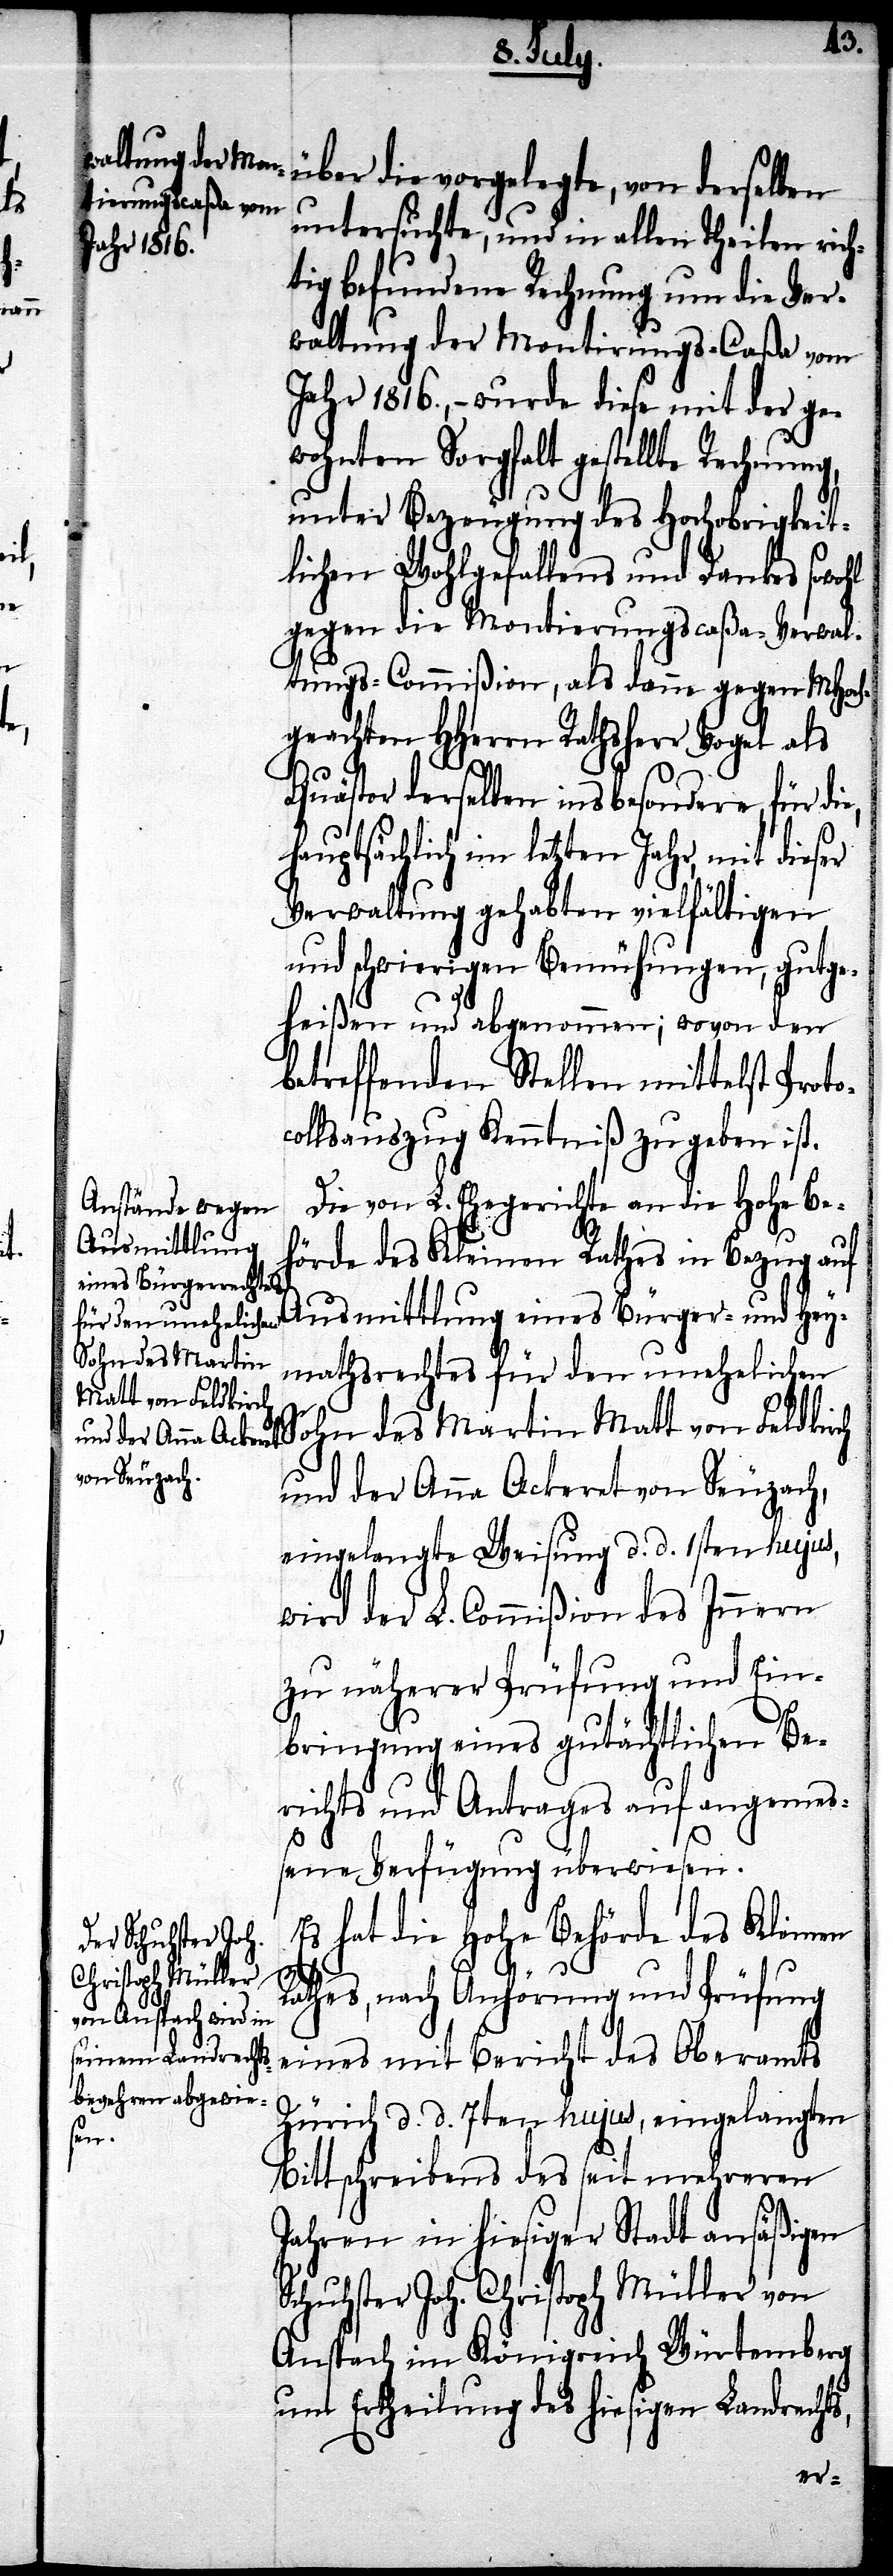
die vorgelegte, von
untersuchte, und in allen Theilen rich¬
tig befundene Rechnung um die Ver¬
waltung der Montirungs-Caßa vom
Jahr 1816., – wurde diese mit der ge¬
wohnten Sorgfalt gestellte Rechnung,
unter Bezeugung des Hochobrigkeit¬
lichen Wohlgefallens und Dankes sowohl
gegen die Montierungscaßa-Verwal¬
tungs-Commißion, als danne gegen MHoch¬
geachten HHerrn Rathsherr Vogel als
Quästor derselben insbesondere, für die,
hauptsächlich im letzten Jahr, mit dieser
Verwaltung gehabten vielfältigen
und schwierigen Bemühungen, gutge¬
heißen und abgenommen; wovon den
betreffenden Stellen mittelst Proto¬
collsauszug Kenntniß zu geben ist.
Die von L. Ehegerichte an die Hohe Be¬
hörde des Kleinen Rathes in Bezug auf
Ausmittlung eines Bürger- und Hey¬
Sohn Martin
mathsrechtes für den unehelichen
Matt von Feldkirch
und der Anna Ackeret von Seuzach,
eingelangte Weisung d. d. 1sten hujus,
wird der L. Commißion des Innern
zu näherer Prüfung und Ein¬
bringung eines gutächtlichen Be¬
richts und Antrages auf angemeß¬
ene Verfügung überwiesen.
Es hat die Hohe Behörde des Kleinen
Rathes, nach Anhörung und Prüfung
eines mit Bericht des Oberamts
Zürich d. d. 7ten hujus, eingelangten
Bittschreibens des seit mehreren
Jahren in hiesiger Stadt ansäßigen
Schuhster Joh. Christoph Müller von
Anspach im Königreich Würtemberg
um Ertheilung des hiesigen Landrecht¬
s,